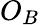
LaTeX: O_{B}